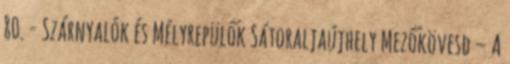
80. - Szárnyalók és Mélyrepülők Sátoraljaújhely Mezőkövesd – A